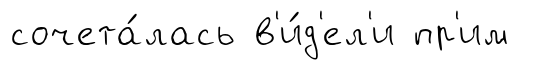
сочета́лась в'и́д'ел'и пр'им